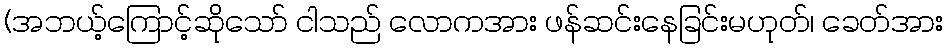
(အဘယ့်ကြောင့်ဆိုသော် ငါသည် လောကအား ဖန်ဆင်းနေခြင်းမဟုတ်၊ ခေတ်အား